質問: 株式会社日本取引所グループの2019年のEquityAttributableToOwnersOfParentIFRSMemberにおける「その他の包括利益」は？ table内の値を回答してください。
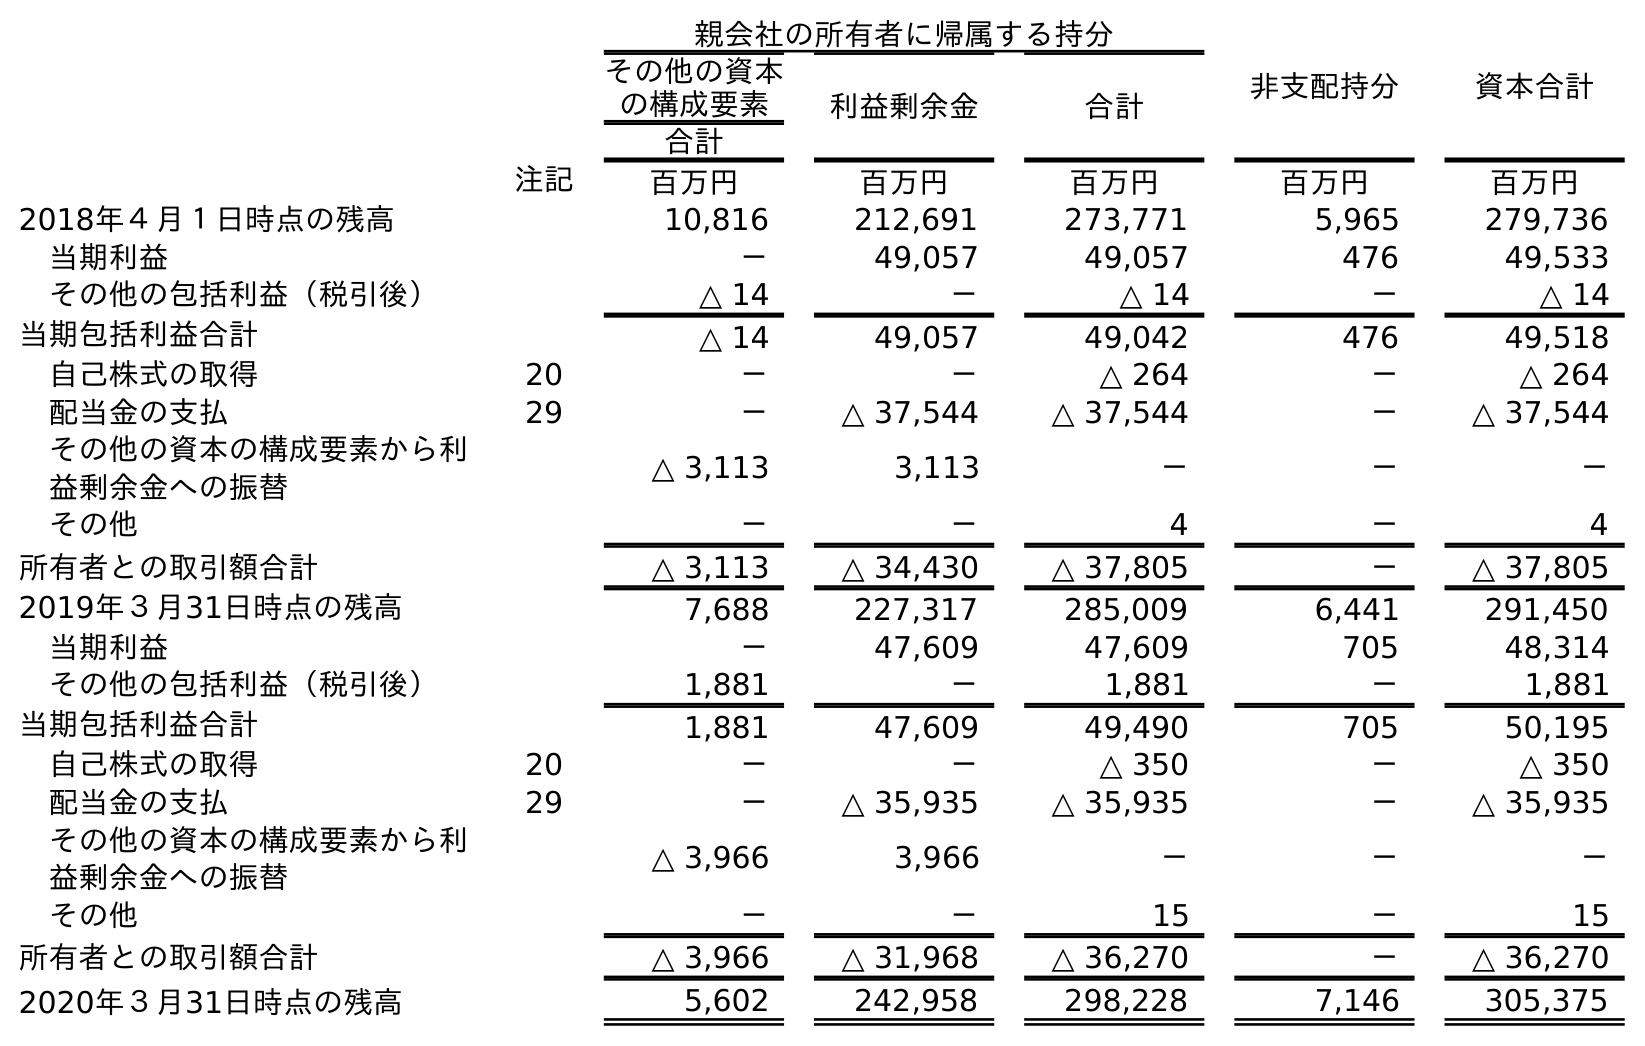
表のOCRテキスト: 親会社の所有者に帰属する持分 非支配持分 資本合計 その他の資本 の構成要素 利益剰余金 合計 合計 注記 百万円 百万円 百万円 百万円 百万円 2018年４月１日時点の残高 10,816 212,691 273,771 5,965 279,736 当期利益 － 49,057 49,057 476 49,533 その他の包括利益（税引後） △ 14 － △ 14 － △ 14 当期包括利益合計 △ 14 49,057 49,042 476 49,518 自己株式の取得 20 － － △ 264 － △ 264 配当金の支払 29 － △ 37,544 △ 37,544 － △ 37,544 その他の資本の構成要素から利 益剰余金への振替 △ 3,113 3,113 － － － その他 － － 4 － 4 所有者との取引額合計 △ 3,113 △ 34,430 △ 37,805 － △ 37,805 2019年３月31日時点の残高 7,688 227,317 285,009 6,441 291,450 当期利益 － 47,609 47,609 705 48,314 その他の包括利益（税引後） 1,881 － 1,881 － 1,881 当期包括利益合計 1,881 47,609 49,490 705 50,195 自己株式の取得 20 － － △ 350 － △ 350 配当金の支払 29 － △ 35,935 △ 35,935 － △ 35,935 その他の資本の構成要素から利 益剰余金への振替 △ 3,966 3,966 － － － その他 － － 15 － 15 所有者との取引額合計 △ 3,966 △ 31,968 △ 36,270 － △ 36,270 2020年３月31日時点の残高 5,602 242,958 298,228 7,146 305,375
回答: △14